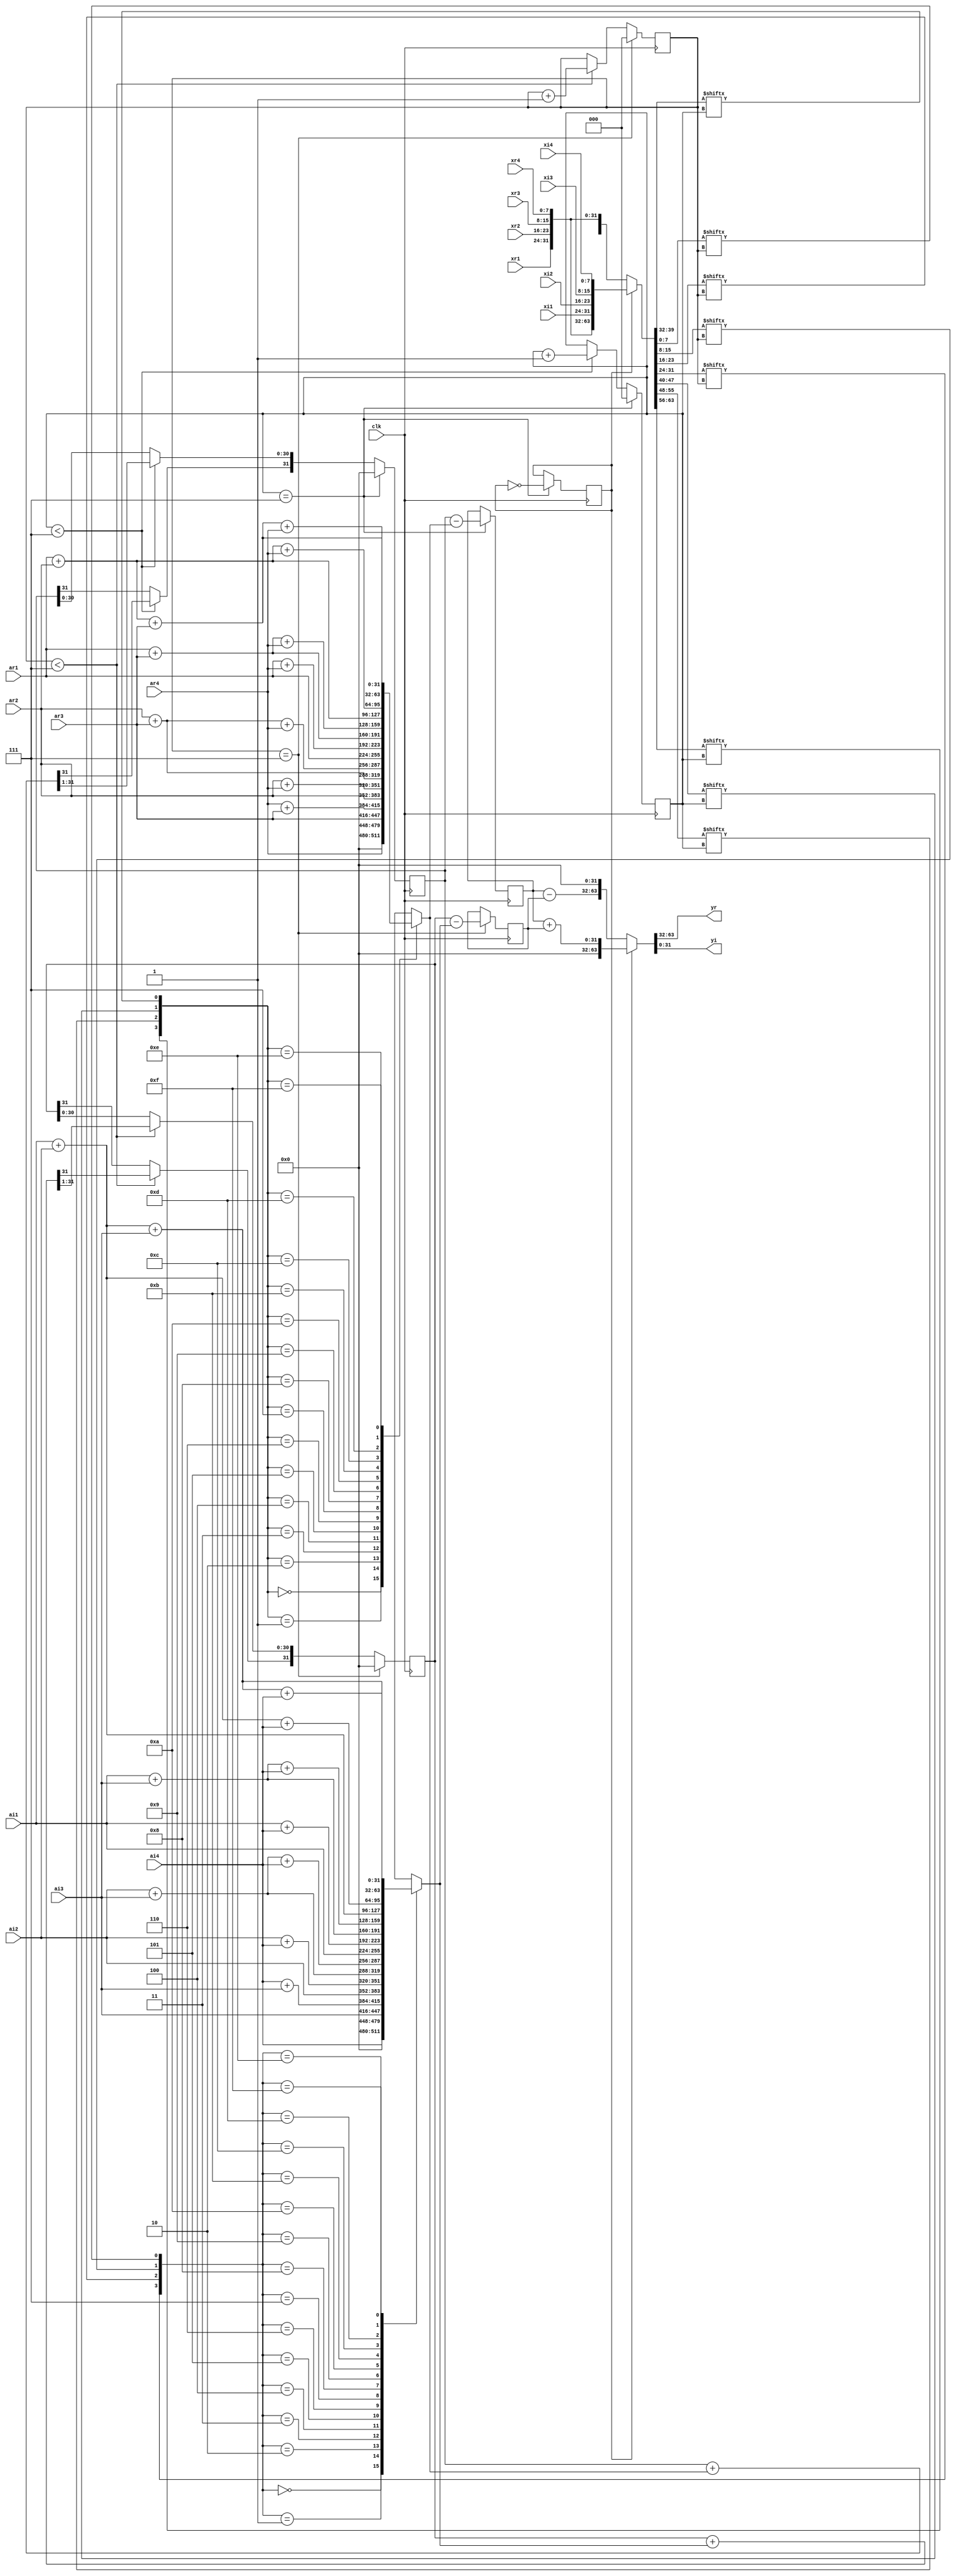
`timescale 1ns / 1ps
//////////////////////////////////////////////////////////////////////////////////
// Company: 
// Engineer: 
// 
// Design Name: 
// Module Name: vm_2lut
// Project Name: 
// Target Devices: 
// Tool Versions: 
// Description: 
// 
// Dependencies: 
// 
// Revision:
// Revision 0.01 - File Created
// Additional Comments:
// 
//////////////////////////////////////////////////////////////////////////////////


module vm_2lut(xr1,xr2,xr3,xr4,xi1,xi2,xi3,xi4,ar1,ar2,ar3,ar4,ai1,ai2,ai3,ai4,clk,yr,yi);
input clk;
input [7:0]xr1,xr2,xr3,xr4,xi1,xi2,xi3,xi4;
input [31:0]ar1,ar2,ar3,ar4,ai1,ai2,ai3,ai4;
output reg [31:0]yr,yi;
wire [7:0]n1,n2,n3,n4,n5,n6,n7,n8;
reg [31:0]lout1,lout2;
reg [31:0]ACC_shift,ACC,y1,y2,ac2,ac2shf;
reg w,check=1'b1;
reg [2:0]i,j;
initial
begin 
   ACC=0;ACC_shift=0;i=0;ac2=0;ac2shf=0;j=0;
end 
assign {n1,n2,n3,n4,n5,n6,n7,n8}=(check)?{xr1,xr2,xr3,xr4,xi1,xi2,xi3,xi4}:{xi1,xi2,xi3,xi4,xr1,xr2,xr3,xr4};
always@(posedge clk)
    begin  
        case({n1[i],n2[i],n3[i],n4[i]})
           0:lout1=0;
           1:lout1=ar4;
           2:lout1=ar3;
           3:lout1= ar4+ar3;
           4:lout1=ar2;
           5:lout1=ar2+ar4;
           6:lout1=ar2+ar3;
           7:lout1=ar2+ar3+ar4;
           8:lout1=ar1;
           9:lout1=ar1+ar4;
           10:lout1=ar1+ar3;
           11:lout1=ar1+ar3+ar4;
           12:lout1=ar1+ar2;
           13:lout1=ar1+ar2+ar4;
           14:lout1=ar1+ar2+ar3;
           15:lout1=ar1+ar2+ar3+ar4;
       endcase
       if(i==7)
        begin
          ACC=(ACC_shift)-lout1;
          y1=ACC;
          check<=(~check);
          i=0;ACC=0;ACC_shift=0;
          end
        else if(i<7)
        begin
         ACC=(ACC_shift)+lout1;
         w=ACC[31];
         ACC_shift=(ACC>>1);
         ACC_shift[31]=w;
         i=i+1;
         end
       end
always@(posedge clk)
        begin  
        case({n5[j],n6[j],n7[j],n8[j]})
                  0:lout2=0;
                  1:lout2=ai4;
                  2:lout2=ai3;
                  3:lout2= ai4+ai3;
                  4:lout2=ai2;
                  5:lout2=ai2+ai4;
                  6:lout2=ai2+ai3;
                  7:lout2=ai2+ai3+ai4;
                  8:lout2=ai1;
                  9:lout2=ai1+ai4;
                  10:lout2=ai1+ai3;
                  11:lout2=ai1+ai3+ai4;
                  12:lout2=ai1+ai2;
                  13:lout2=ai1+ai2+ai4;
                  14:lout2=ai1+ai2+ai3;
                  15:lout2=ai1+ai2+ai3+ai4;
              endcase
              if(j==7)
               begin
                 ac2=(ac2shf)-lout2;
                 y2=ac2;
                 j=0;ac2=0;ac2shf=0;
                 end
               else if(j<7)
               begin
                ac2=(ac2shf)+lout2;
                w=ac2[31];
                ac2shf=(ac2>>1);
                ac2shf[31]=w;
                j=j+1;
                end
              end
always @(y1 or y2 or check)
{yr,yi}=check?{32'd0,(y1+y2)}:{(y1-y2),32'd0};
endmodule